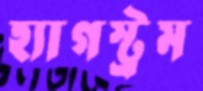
হ্যাগস্ট্রম